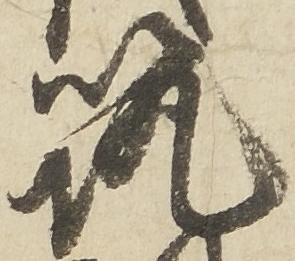
筑